Lunatic asylums Bombay report 1891-1903 - 1891-1903
Year: 1891
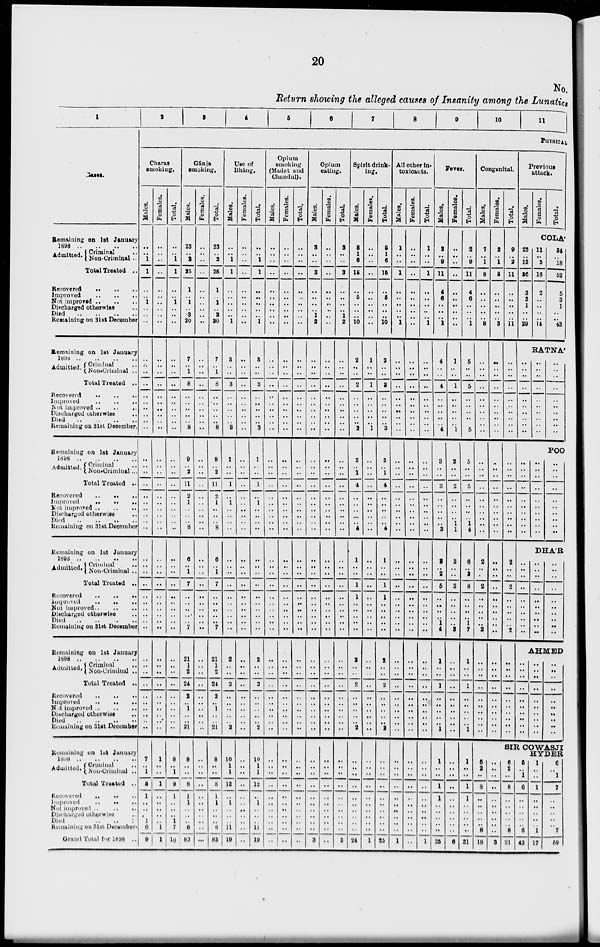
20
No.
Return showing the alleged causes of Insanity among the Lunatics
1
Years.
Remaining on 1st January
1898 .. .. .. ..
Admitted .. Criminal ..
Non-Criminal ..
Total Treated ..
Recovered .. .. ..
Improved .. .. ..
Not improved .. .. ..
Discharged otherwise ..
Died .. .. .. ..
Remaining on 31st December
Remaining on 1st January
1898 .. .. .. ..
Admitted .. Criminal ..
Non-Criminal ...
Total Treated ..
Recovered .. .. ..
Improved .. .. ..
Not improved .. .. ..
Discharged otherwise ..
Died .. .. .. ..
Remaining on 31st December.
Remaining on 1st January
1898 .. .. .. ..
Admitted .. Criminal ..
Non-Criminal ..
Total Treated ..
Recovered .. .. ..
Improved
..
..
..
Not improved .. .. ..
Discharged otherwise ..
Died .. .. .. ..
Remaining on 31st December
Remaining on 1st January
1898 .. .. .. ..
Admitted .. Criminal ..
Non-Criminal ..
Total Treated ..
Recovered .. .. ..
Improved .. .. ..
Not improved .. .. ..
Discharged otherwise ..
Died
..
..
..
..
Remaining on 31st December
Remaining on 1st January
1898 .. .. .. ..
Admitted .. Criminal ..
Noncriminal ..
Total Treated ..
Recovered .. .. ..
Improved
..
..
..
Not improved .. .. ..
Discharged otherwise
..
Died
..
..
..
..
Remaining on 31st December
Remaining on 1st January.
1898 .. .. .. ..
Admitted .. Criminal ..
Non-Criminal ..
Total Treated ..
Recovered
..
..
..
Improved .. .. ..
Not improved .. .. ..
Discharged otherwise ..
Died .. .. ..
Remaining. on 31st December .
Grand Total for 1898 ..
2
3
4
5
6
7
8
9
10
11
PHYSICAL.
Charas
smoking.
Males.
..
..
1
1
..
..
1
..
..
..
..
..
..
..
..
..
..
..
..
..
..
..
..
..
..
..
..
..
..
..
..
..
..
..
..
..
..
..
..
..
..
..
..
..
..
..
..
..
..
..
7
..
1
8
1
..
..
..
1
6
9
Females.
..
..
..
..
..
..
..
..
..
..
..
..
..
..
..
..
..
..
..
..
..
..
..
..
..
..
..
..
..
..
..
..
..
..
..
..
..
..
..
..
..
..
..
..
..
..
..
..
..
..
1
..
..
1
..
..
..
..
..
1
1
Total.
..
..
1
1
..
..
1
..
..
..
..
..
..
..
..
..
..
..
..
..
..
..
..
..
..
..
..
..
..
..
..
..
..
..
..
..
..
..
..
..
..
..
..
..
..
..
..
..
..
..
8
..
1
9
1
..
..
..
1
7
10
Gánja
smoking.
Males.
23
..
2
25
1
..
1
..
3
20
7
..
1
8
..
..
..
..
..
8
9
..
2
11
2
1
..
..
..
8
6
..
1
7
..
..
..
..
..
7
21
1
2
24
2
..
1
..
..
21
8
..
..
8
1 ..
..
..
..
6
83
Females.
..
..
..
..
..
..
..
..
..
..
..
..
..
..
..
..
..
..
..
..
..
..
..
..
..
..
..
..
..
..
..
..
..
..
..
..
..
..
..
..
..
..
..
..
..
..
..
..
..
..
..
..
..
..
..
..
..
..
..
..
..
Total.
23
..
2
25
1
..
1
..
3
20
7
..
1
8
..
..
..
..
..
8
9
..
2
11
2
1
..
..
..
8
6
..
1
7
..
..
..
..
..
7
21
1
2
24
2
..
1
..
..
21
8
..
..
8
1
1
..
..
..
6
83
Use of
Bháng.
Males.
..
..
1
1
..
..
..
..
..
1
3
..
..
3
..
..
..
..
..
3
1
..
..
1
..
1
..
..
..
..
..
..
..
..
..
..
..
..
..
..
2
..
..
2
..
..
..
..
..
2
10
1
1
12
..
1
..
..
..
11
19
Females.
..
..
..
..
..
..
..
..
..
..
..
..
..
..
..
..
..
..
..
..
..
..
..
..
..
..
..
..
..
..
..
..
..
..
..
..
..
..
..
..
..
..
..
..
..
..
..
..
..
..
..
..
..
..
..
..
..
..
..
..
..
Total.
..
..
1
1
..
..
..
..
..
1
3
..
..
3
..
..
..
..
..
3
1
..
..
1
..
1
..
..
..
..
..
..
..
..
..
..
..
..
..
..
2
..
..
2
..
..
..
..
..
2
10
1
1
12
..
1
..
..
..
11
19
Opium
smoking
(Madat and
Chandul).
Males.
..
..
..
..
..
..
..
..
..
..
..
..
..
..
..
..
..
..
..
..
..
..
..
..
..
..
..
..
..
..
..
..
..
..
..
..
..
..
..
..
..
..
..
..
..
..
..
..
..
..
..
..
..
..
..
..
..
..
..
..
..
Females.
..
..
..
..
..
..
..
..
..
..
..
..
..
..
..
..
..
..
..
..
..
..
..
..
..
..
..
..
..
..
..
..
..
..
..
..
..
..
..
..
..
..
..
..
..
..
..
..
..
..
..
..
..
..
..
..
..
..
..
..
..
Total.
..
..
..
..
..
..
..
..
..
..
..
..
..
..
..
..
..
..
..
..
..
..
..
..
..
..
..
..
..
..
..
..
..
..
..
..
..
..
..
..
..
..
..
..
..
..
..
..
..
..
..
..
..
..
..
..
..
..
..
..
..
Opium
eating.
Males.
3
..
..
3
..
..
..
..
1
2
..
..
..
..
..
..
..
..
..
..
..
..
..
..
..
..
..
..
..
..
..
..
..
..
..
..
..
..
..
..
..
..
..
..
..
..
..
..
..
..
..
..
..
..
..
..
..
..
..
..
3
Females.
..
..
..
..
..
..
..
..
..
..
..
..
..
..
..
..
..
..
..
..
..
..
..
..
..
..
..
..
..
..
..
..
..
..
..
..
..
..
..
..
..
..
..
..
..
..
..
..
..
..
..
..
..
..
..
..
..
..
..
..
..
Total.
3
..
..
3
..
..
..
..
1
2
..
..
..
..
..
..
..
..
..
..
..
..
..
..
..
..
..
..
..
..
..
..
..
..
..
..
..
..
..
..
..
..
..
..
..
..
..
..
..
..
..
..
..
..
..
..
..
..
..
..
3
Spirit drink-
ing.
Males.
8
1
6
15
..
5
..
..
..
10
2
..
..
2
..
..
..
..
..
2
3
..
1
4
..
..
..
..
..
4
1
..
..
1
1
..
..
..
..
..
2
..
..
2
..
..
..
..
..
2
..
..
..
..
..
..
..
..
..
..
24
Females.
..
..
..
..
..
..
..
..
..
..
1
..
..
1
..
..
..
..
..
1
..
..
..
..
..
..
..
..
..
..
..
..
..
..
..
..
..
..
..
..
..
..
..
..
..
..
..
..
..
..
..
..
..
..
..
..
..
..
..
..
1
Total.
8
1
6
15
..
5
..
..
..
10
3
..
..
3
..
..
..
..
..
3
3
..
1
4
..
..
..
..
..
4
1
..
..
1
1
..
..
..
..
..
2
..
..
2
..
..
..
..
..
2
..
..
..
..
..
..
..
..
..
..
25
All other in-
toxicants.
Males.
1
..
..
1
..
..
..
..
..
1
..
..
..
..
..
..
..
..
..
..
..
..
..
..
..
..
..
..
..
..
..
..
..
..
..
..
..
..
..
..
..
..
..
..
..
..
..
..
..
..
..
..
..
..
..
..
..
..
..
..
1
Females.
..
..
..
..
..
..
..
..
..
..
..
..
..
..
..
..
..
..
..
..
..
..
..
..
..
..
..
..
..
..
..
..
..
..
..
..
..
..
..
..
..
..
..
..
..
..
..
..
..
..
..
..
..
..
..
..
..
..
..
..
..
Total.
1
..
..
1
..
..
..
..
..
1
..
..
..
..
..
..
..
..
..
..
..
..
..
..
..
..
..
..
..
..
..
..
..
..
..
..
..
..
..
..
..
..
..
..
..
..
..
..
..
..
..
..
..
..
..
..
..
..
..
..
1
Ferer.
Males.
2
..
9
11
4
6
..
..
..
1
4
..
..
4
..
..
..
..
..
4
3
..
..
3
..
..
..
..
..
3
3
..
2
5
..
..
..
..
1
4
1
..
..
1
..
..
..
..
..
1
1
..
..
1
1
..
..
..
..
..
25
Females.
..
..
..
..
..
..
..
..
..
..
1
..
..
1
..
..
..
..
..
1
2
..
..
2
..
..
..
..
1
1
3
..
..
3
..
..
..
..
..
3
..
..
..
..
..
..
..
..
..
..
..
..
..
..
..
..
..
..
..
..
6
Total.
2
..
9
11
4
6
..
..
..
1
5
..
..
5
..
..
..
..
..
5
5
..
..
5
..
..
..
..
1
4
6
..
2
8
..
..
..
..
1
7
1
..
..
1
..
..
..
..
..
1
1
..
..
1
1
..
..
..
..
..
31
Congenital.
Males,
7
..
1
8
..
..
..
..
..
8
..
..
..
..
..
..
..
..
..
..
..
..
..
..
..
..
..
..
..
..
2
..
..
2
..
..
..
..
..
2
..
..
..
..
..
..
..
..
..
..
6
2
..
8
..
..
..
..
..
8
18
Females.
2
..
1
3
..
..
..
..
..
3
..
..
..
..
..
..
..
..
..
..
..
..
..
..
..
..
..
..
..
..
..
..
..
..
..
..
..
..
..
..
..
..
..
..
..
..
..
..
..
..
..
..
..
..
..
..
..
..
..
..
3
Total.
9
..
2
11
..
..
..
..
..
11
..
..
..
..
..
..
..
..
..
..
..
..
..
..
..
..
..
..
..
..
2
..
..
2
..
..
..
..
..
2
..
..
..
..
..
..
..
..
..
..
Previous
attack.
Males.
Females.
Total.
COLÁ
23
..
13
36
3
3
1
..
..
29
11
..
5
16
2
..
..
..
..
14
34
..
18
52
5
3
1
..
..
43
RATNÁ
..
..
..
..
..
..
..
..
..
..
..
..
..
..
..
..
..
..
..
..
..
..
..
..
..
..
..
..
..
..
POO
..
..
..
..
..
..
..
..
..
..
..
..
..
..
..
..
..
..
..
..
..
..
..
..
..
..
..
..
..
..
DHÁR
..
..
..
..
..
..
..
..
..
..
..
..
..
..
..
..
..
..
..
..
..
..
..
..
..
..
..
..
..
..
AHMED
..
..
..
..
..
..
..
..
..
..
..
..
..
..
..
..
..
..
..
..
..
..
..
..
..
..
..
..
..
..
SIR COWASJI
HYDER 6
2
..
8
..
..
..
..
..
8
21
5
..
1
6
..
..
..
..
..
6
42
1
..
..
1
..
..
..
..
..
1
17
6
..
1
7
..
..
..
..
..
7
59